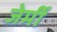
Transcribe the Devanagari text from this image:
जेर्मी